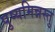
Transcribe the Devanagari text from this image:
पुष्यमिन्नस्तु